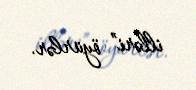
illəri” öyürlər.